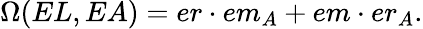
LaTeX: \Omega(EL,EA)=er\cdot em_{A}+em\cdot er_{A}.